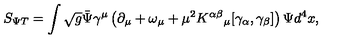
S _ { \Psi T } = \int \sqrt { g } { \bar { \Psi } } \gamma ^ { \mu } \left( \partial _ { \mu } + \omega _ { \mu } + \mu ^ { 2 } K ^ { \alpha \beta } { } _ { \mu } [ \gamma _ { \alpha } , \gamma _ { \beta } ] \right) \Psi d ^ { 4 } x ,